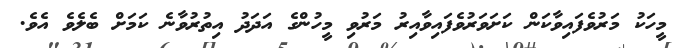
މީހަކު މަރުވެފައިވާކަން ކަށަވަރުވެފައިވާއިރު މަރުވި މީހުންގެ އަދަދު އިތުރުވާނެ ކަމަށް ބެލެވެ އެވެ.